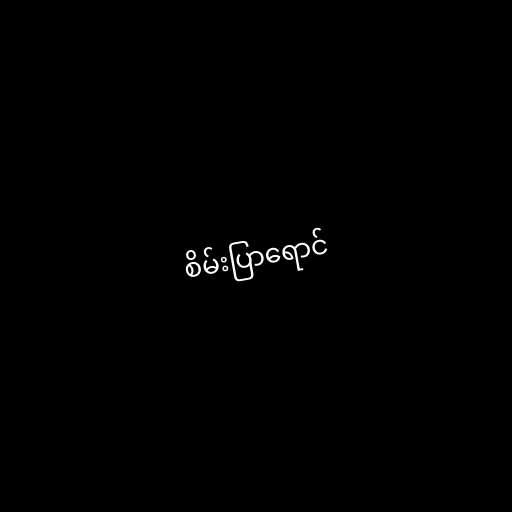
စိမ်းပြာရောင်